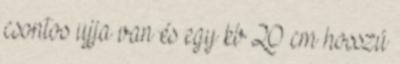
csontos ujja van és egy kb 20 cm hosszú